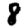
Digit: 8